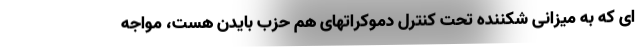
ای که به میزانی شکننده تحت کنترل دموکراتهای هم حزب بایدن هست، مواجه